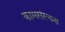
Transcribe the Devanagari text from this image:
कामसंरचना